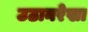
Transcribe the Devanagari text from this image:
उठानरेखा